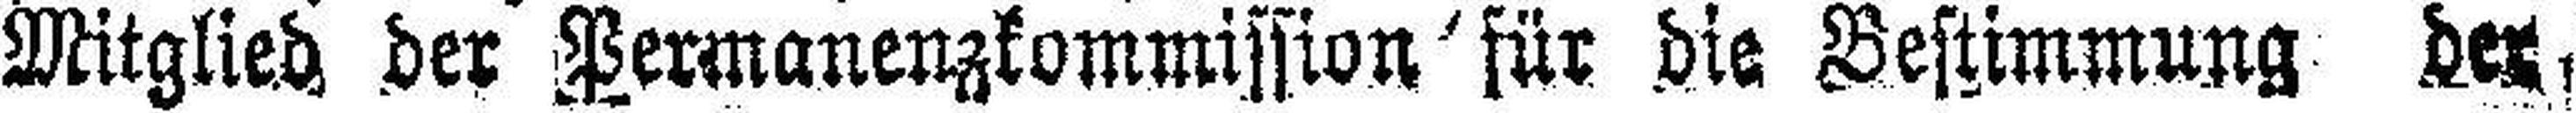
Mitglied der Permanenzkommission für die Bestimmung der